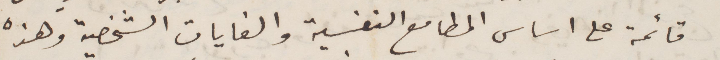
قائمة على أساس المطامع النفسية الغايات الشخصية وهذه